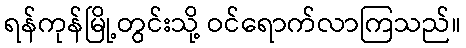
ရန်ကုန်မြို့တွင်းသို့ ဝင်ရောက်လာကြသည်။